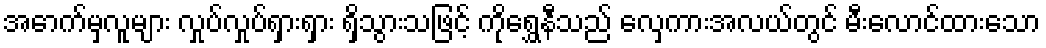
အောက်မှလူများ လှုပ်လှုပ်ရှားရှား ရှိသွားသဖြင့် ကိုရွှေနီသည် လှေကားအလယ်တွင် မီးလောင်ထားသော